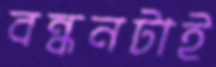
বন্ধনটাই